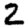
Digit: 2